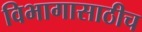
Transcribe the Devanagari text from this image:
विभागासाठीच